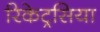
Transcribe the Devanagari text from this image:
रिकेट्रसिया